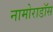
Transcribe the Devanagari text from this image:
नामोराडॉस